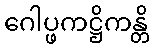
ဂေါပ္ဖကဋ္ဌိကန္တိ